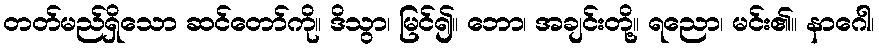
တတ်မည်ရှိသော ဆင်တော်ကို။ ဒိသွာ၊ မြင်၍။ ဘော၊ အချင်းတို့။ ရညော၊ မင်း၏။ နာဂေါ၊